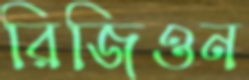
রিজিওন